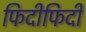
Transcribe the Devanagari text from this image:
फिदीफिदी